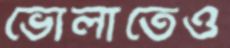
ভোলাতেও